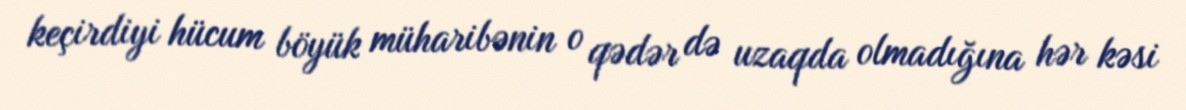
keçirdiyi hücum böyük müharibənin o qədər də uzaqda olmadığına hər kəsi